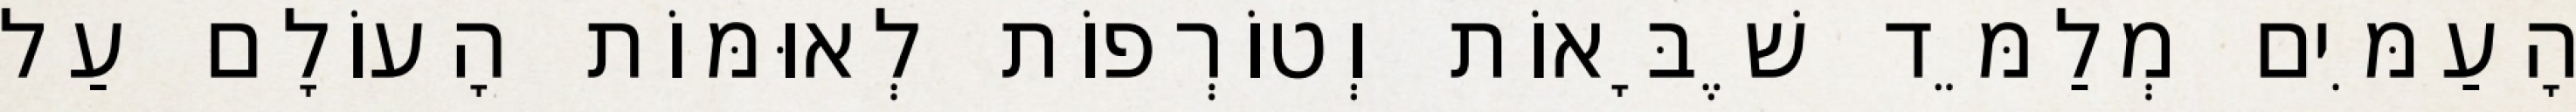
הָעַמִּים מְלַמֵּד שֶׁבָּאוֹת וְטוֹרְפוֹת לְאוּמּוֹת הָעוֹלָם עַל